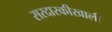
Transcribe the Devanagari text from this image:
सरदारकीखाली